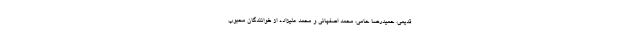
قدیمی، حمیدرضا حامی، محمد اصفهانی و محمد علیزاده از خوانندگان محبوب